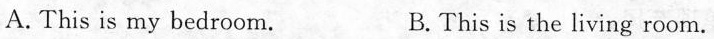
A. This is my bedroom. B.This is the living room.